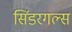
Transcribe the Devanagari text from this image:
सिंडरगल्स